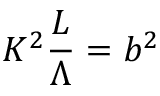
{ \cal K } ^ { 2 } { \frac { \cal L } { \Lambda } } = b ^ { 2 }